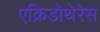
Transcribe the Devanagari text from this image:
एक्रिडोथेरेस